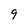
Character: 9